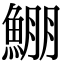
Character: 𩸀